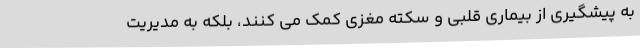
به پیشگیری از بیماری قلبی و سکته مغزی کمک می کنند، بلکه به مدیریت